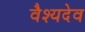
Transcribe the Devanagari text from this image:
वैश्यदेव